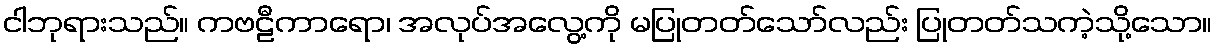
ငါဘုရားသည်။ ကဗဠီကာရော၊ အလုပ်အလွေ့ကို မပြုတတ်သော်လည်း ပြုတတ်သကဲ့သို့သော။